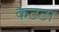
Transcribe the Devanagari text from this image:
कटटा